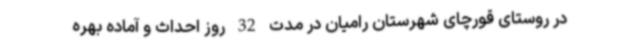
در روستای قورچای شهرستان رامیان در مدت 32 روز احداث و آماده بهره‌